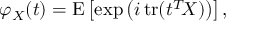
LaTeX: \varphi _ { X } ( t ) = \operatorname { E } \left[ \exp \left( i \operatorname { t r } ( t ^ { T } \! X ) \right) \right] ,